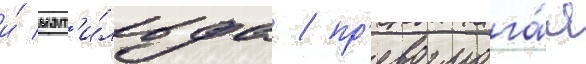
и́ мат'и́льда / пр'евозмога́я